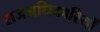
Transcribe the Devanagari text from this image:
राजअधिकारियों